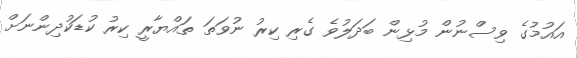
އައުމުގެ ވިސްނުން މުޅިން ބަދަލުވެ ގެރި ކިރު ނުވަތަ ތައްޔާރީ ކިރު ކުޑަކުދިންނަށް